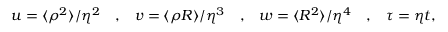
\begin{array} { c c c c c c c } { { u = \langle \rho ^ { 2 } \rangle / \eta ^ { 2 } } } & { { , } } & { { v = \langle \rho R \rangle / \eta ^ { 3 } } } & { { , } } & { { w = \langle R ^ { 2 } \rangle / \eta ^ { 4 } } } & { { , } } & { { \tau = \eta t , } } \end{array}